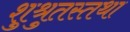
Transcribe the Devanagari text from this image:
शुश्रुतस्तथा